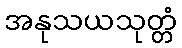
အနုသယသုတ္တံ